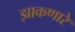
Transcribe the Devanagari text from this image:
झाकणारे